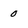
Character: 0